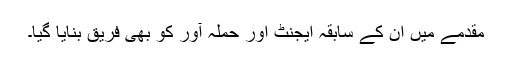
مقدمے میں ان کے سابقہ ایجنٹ اور حملہ آور کو بھی فریق بنایا گیا۔